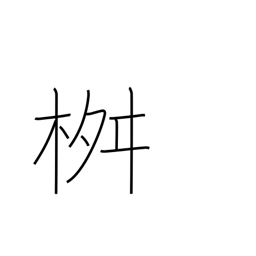
Meaning: measuring box